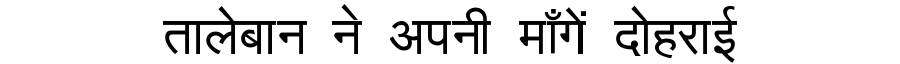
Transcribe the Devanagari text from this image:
तालेबान ने अपनी माँगें दोहराई